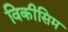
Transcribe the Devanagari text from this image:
विकीसिम